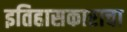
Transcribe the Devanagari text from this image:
इतिहासकाराचा